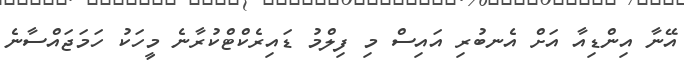
އޭނާ އިންޑިއާ އަށް އެނބުރި އައިސް މި ފިލްމު ޑައިރެކްޓްކުރާނެ މީހަކު ހަމަޖައްސާނެ